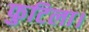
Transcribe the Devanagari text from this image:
फुटिला।